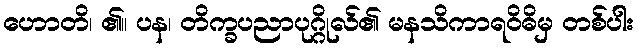
ဟောတိ၊ ၏။ ပန၊ တိက္ခပညာပုဂ္ဂိုလ်၏ မနသိကာရဝိဓိမှ တစ်ပါး